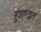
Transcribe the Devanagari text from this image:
हुंडापद्धत